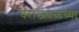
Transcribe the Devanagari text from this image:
घराजवळच्या